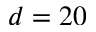
d = 2 0